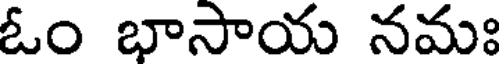
ఓం భాసాయ నమః